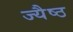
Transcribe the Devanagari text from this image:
ज्यैष्ठ